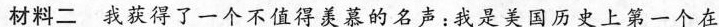
材料二我获得了一个不值得羡慕的名声：我是美国历史上第一个在